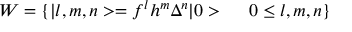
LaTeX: W = \{ \vert l , m , n > = f ^ { l } h ^ { m } \Delta ^ { n } \vert 0 > \ \ \ \ 0 \leq l , m , n \}